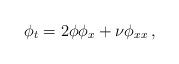
LaTeX: \begin{align*} \phi_t=2\phi \phi_x+\nu \phi_{xx}\, , \end{align*}